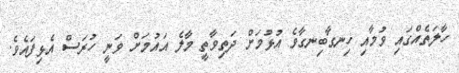
ހާލަތެއްގައި ވުމާއި ހިނގާބިނގާވެ އުޅުމަށް ދަތިވާތީ މާލެ އައުމަށް ވަނީ ހުރަސް އެޅިފައެވެ.